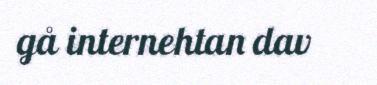
gå internehtan dav